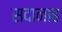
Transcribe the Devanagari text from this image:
सदानाह